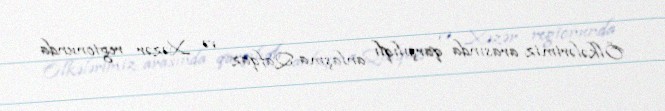
Ölkələrimiz arasında qarşılıqlı anlaşma Qafqaz və Xəzər regionunda